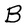
Character: B